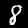
Label: 8